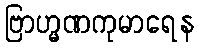
ဗြာဟ္မဏကုမာရေန